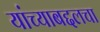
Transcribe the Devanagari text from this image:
यांच्याबद्दलचा